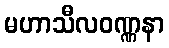
မဟာသီလဝဏ္ဏနာ